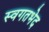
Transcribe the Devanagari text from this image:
स्वगतभेद